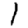
Digit: 1